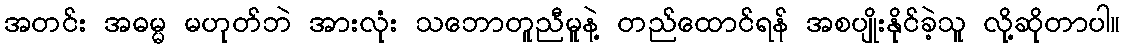
အတင်း အဓမ္မ မဟုတ်ဘဲ အားလုံး သဘောတူညီမူနဲ့ တည်ထောင်ရန် အစပျိုးနိုင်ခဲ့သူ လို့ဆိုတာပါ။